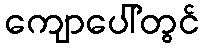
ကျောပေါ်တွင်